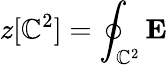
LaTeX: z[\mathbb{C}^{2}]=\oint_{\mathbb{C}^{2}}{\mathbf{E}}